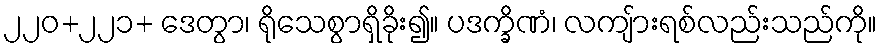
၂၂၀+၂၂၁+ ဒေတွာ၊ ရိုသေစွာရှိခိုး၍။ ပဒက္ခိဏံ၊ လကျ်ားရစ်လည်းသည်ကို။